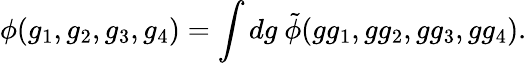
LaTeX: \phi(g_{1},g_{2},g_{3},g_{4})=\int dg\ \tilde{\phi}(gg_{1},gg_{2},gg_{3},gg_{4}).